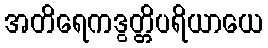
အတိရေကဒွတ္တိပရိယာယေ